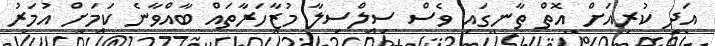
އަދި ކުރިއަށް އޮތް ތާނގައި ވެސް ސިލްސިލާ މުޒާހަރާތައް ބާއްވާނެ ކަމަށް އުމަރު